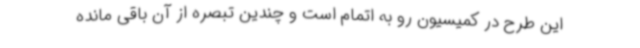
این طرح در کمیسیون رو به اتمام است و چندین تبصره از آن باقی مانده